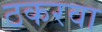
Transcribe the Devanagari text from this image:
ठकरवा